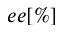
e e [ \% ]